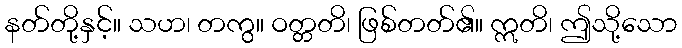
နတ်တို့နှင့်။ သဟ၊ တကွ။ ဝတ္တတိ၊ ဖြစ်တတ်၏။ ဣတိ၊ ဤသို့သော